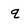
Character: q